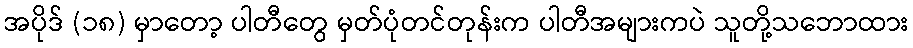
အပိုဒ် (၁၈) မှာတော့ ပါတီတွေ မှတ်ပုံတင်တုန်းက ပါတီအများကပဲ သူတို့သဘောထား